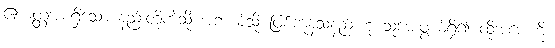
ဧကတ္တအစရှိသော နည်းတို့ကဲ့သို့ အဘယ်သို့ ဖြစ်ကုန်သနည်းဟု သူမေးဖွယ်ရှိ၍ ထိုအမေးကို